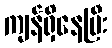
ကျန်ရှိနေပြီး